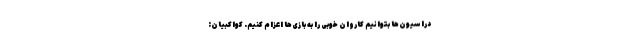
دراسیون‌ها بتوانیم کاروان خوبی را به بازی‌ها اعزام کنیم. کواکبیان: